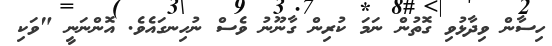
ހިސާން ވިދާޅުވި ގޮތުން ނަމަ ކުރިން ގާނޫނު ވެސް ނުހިނގައެވެ. އޮންނަނީ "ވަކި